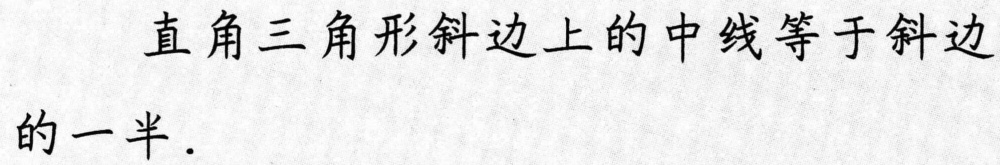
直角三角形斜边上的中线等于斜边的一半．